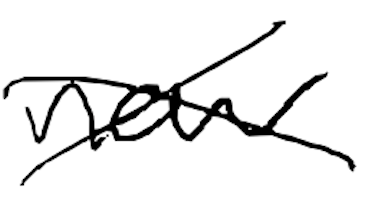
Text: new
Cross-out: cross
Writing tool: digital_black